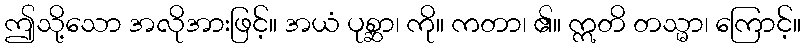
ဤသို့သော အလိုအားဖြင့်။ အယံ ပုစ္ဆာ၊ ကို။ ကတာ၊ ၏။ ဣတိ တသ္မာ၊ ကြောင့်။